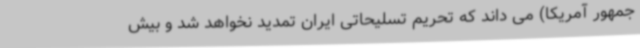
جمهور آمریکا) می داند که تحریم تسلیحاتی ایران تمدید نخواهد شد و بیش